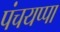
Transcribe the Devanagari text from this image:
पंचयप्पा